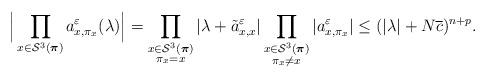
LaTeX: \begin{align*} \Big|\prod_{x\in\mathcal{S}^3(\boldsymbol{\pi})}a^\varepsilon_{x,\pi_x}(\lambda)\Big| &= \prod_{\substack{x\in\mathcal{S}^3(\boldsymbol{\pi})\\\pi_x=x}}|\lambda+\tilde{a}^\varepsilon_{x,x}| \prod_{\substack{x\in\mathcal{S}^3(\boldsymbol{\pi})\\\pi_x\neq x}}| a^\varepsilon_{x,\pi_x}| \leq (|\lambda|+ N\overline{c})^{n+p}.\end{align*}